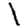
Digit: 1